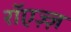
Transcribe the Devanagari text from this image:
रॉएज़्ज़